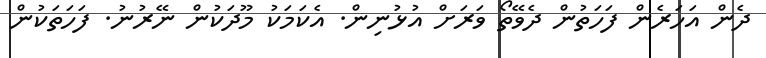
ދެން އަހަރެން ފަހަތުން ދެވޭތޯ ވަރަށް އުޅުނިން. އެކަމަކު މޫދަކުން ނޭރުނު. ފަހަތަކުން